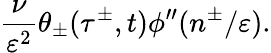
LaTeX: \frac{\nu}{\varepsilon^{2}}\theta_{\pm}(\tau^{\pm},t)\phi^{\prime\prime}(n^{\pm}/\varepsilon).